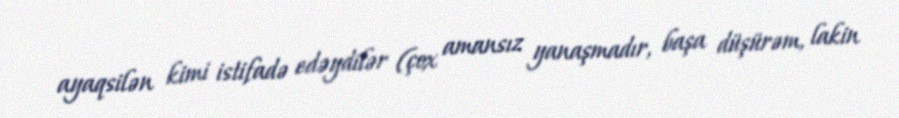
ayaqsilən kimi istifadə edəydilər (çox amansız yanaşmadır, başa düşürəm, lakin